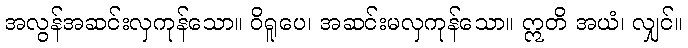
အလွန်အဆင်းလှကုန်သော။ ဝိရူပေ၊ အဆင်းမလှကုန်သော။ ဣတိ အယံ၊ လျှင်။